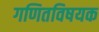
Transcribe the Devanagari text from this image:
गणितविषयक